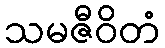
သမဇီဝိတံ